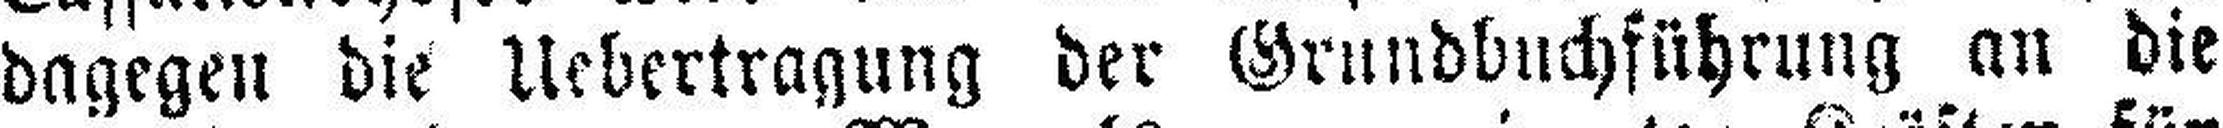
dagegen die Uebertragung der Grundbuchführung an die